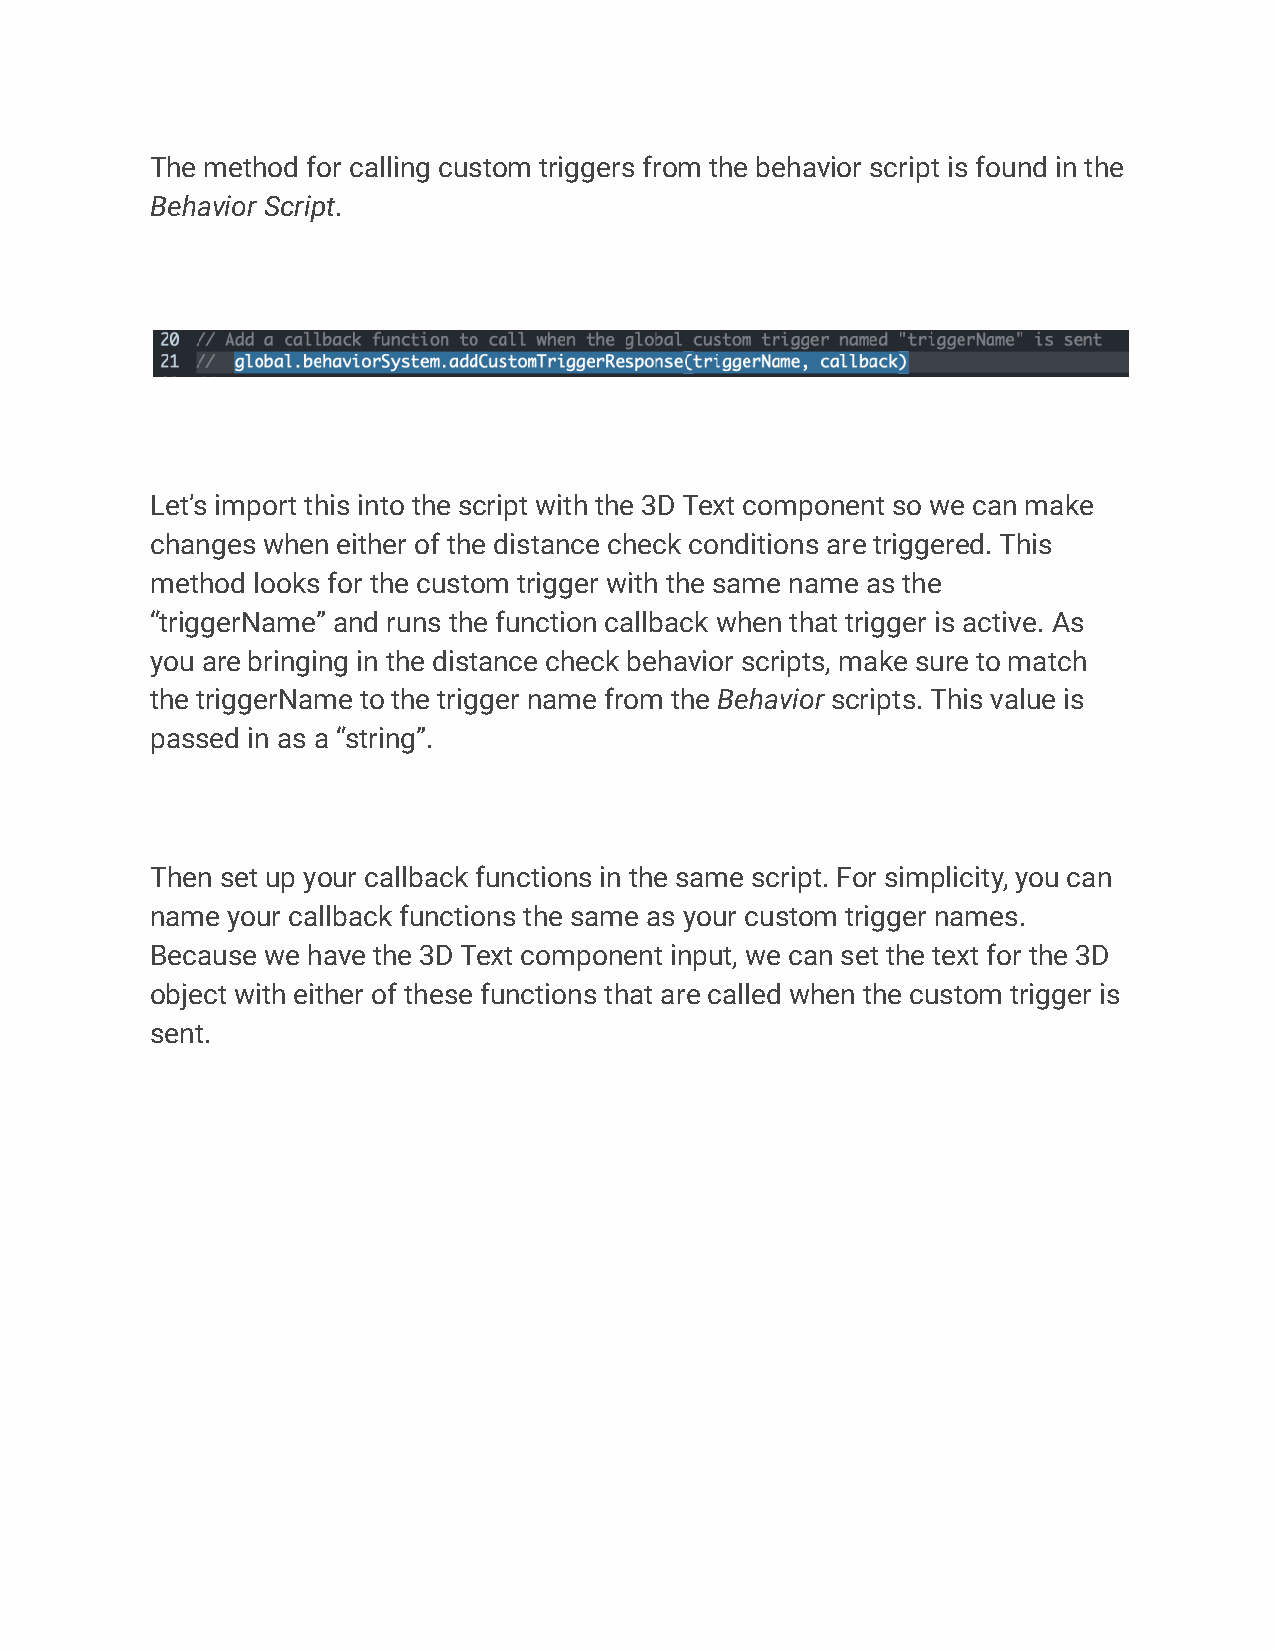
The method for calling custom triggers from the behavior script is found in the
 Behavior Script.
 Let’s import this into the script with the 3D Text component so we can make
 changes when either of the distance check conditions are triggered. This
 method looks for the custom trigger with the same name as the
 “triggerName” and runs the function callback when that trigger is active. As
 you are bringing in the distance check behavior scripts, make sure to match
 the triggerName to the trigger name from the Behavior scripts. This value is
 passed in as a “string”.
 Then set up your callback functions in the same script. For simplicity, you can
 name your callback functions the same as your custom trigger names.
 Because we have the 3D Text component input, we can set the text for the 3D
 object with either of these functions that are called when the custom trigger is
 sent.